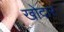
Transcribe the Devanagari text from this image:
खोदार